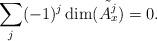
LaTeX: \begin{align*} \sum_j (-1)^j \dim(\tilde{A^j_x})=0.\end{align*}